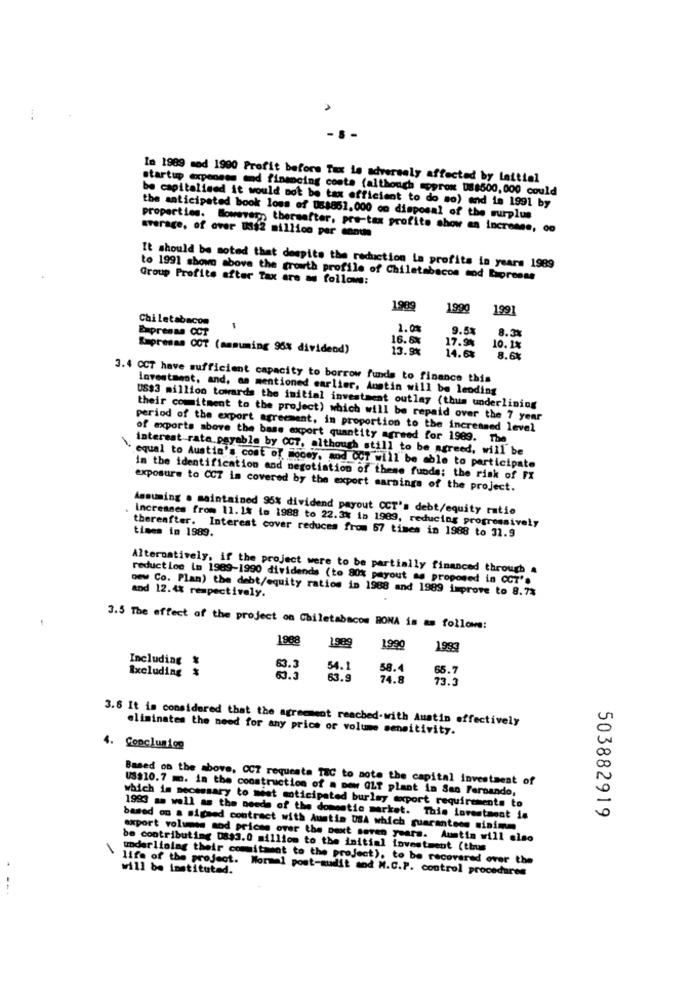
A
- S
In 1989 mod 1900 Profit before Tax is adversely affected by laitial
startup expenses and financing costa (although aoprox 08$500, 000 could
be capitalised it would not be tax efficient to do so) and ie 1991 by
the anticipated book loss of 088861. 000 on disposal of the surplus
properties. However, thersefter, pre-tax profits show an increase, 00
average, of over US$2 million per ennus
It should be noted that despite the reduction la profits in years 1989
Group Profite after Tax are as follows:
to 1991 shown above the growth profile of Chiletabacos end Lapresse
1989
1990
1991
Chiletabacom
1.00
9.5%
8.38
Expresan Cof
16.6%
17.9%
Empresas COT (ammuming 96% dividend)
13.9%
10.1%
14.6%
8.6%
3.4 CCT have sufficient capacity to borrow funds to finance this
investment, and, as mentioned earlier, Austin will be leoding
US$3 million towards the initial investment outlay (thus underlining
their commitment to the project) which will be repaid over the 7 year
period of the export agreement, in proportion to the increased level
of exports above the base export quantity agreed for 1989. The
interest rate.payable by CCT, although still to be agreed, will be
equal to Austin's cost of money, mod CCT will be able to participate
In the identification and negotiation of these funds; the risk of FX
exposure to CCT is covered by the export saraings of the project.
Assuming . maintained 95% dividend payout CCT's debt/equity ratio
Increases from 11. 1% to 1988 to 22.3% in 1989, reducing progressively
times in 1989.
thereafter. Interest cover reduces from 57 times in 1988 to 31.9
Alternatively, if the project were to be partially financed through .
reduct los Im 1969-1990 dividends (to 80% payout as proposed in CCT".
Dew Co. Plan) the debt/equity ratios in 1988 and 1989 improve to 8.7%
and 12.4% respectively.
3.5 The effect of the project on Chiletabacos BONA is as follows:
1988
1989
1990
1993
Including &
63.3
54.1
58.4
65.7
Excluding
63.9
74.8
73.3
3.8 It is considered that the agreement reached-with Austin effectively
eliminates the need for any price or volume sensitivity.
4. Copcluniog
Based on the above, CC7 requesta TIC to note the capital investment of
US$10. 7 m. in the construction of = new GLf plant in San Fernando,
which is necessary to meet moticipated burley export requirements to
503882919
1993 as well as the needs of the domestic market. This Investment in
based on a signed contract with Austin USA which guarantees sinimm
export volumes sod prices over the next seven years. Austia will also
be contributing Das3.0 million to the initial investment (thus
underlining their commitment to the project), to be recovered over the
life of the project. Normal post-audit and M.C.P. control procedures
will be instituted.